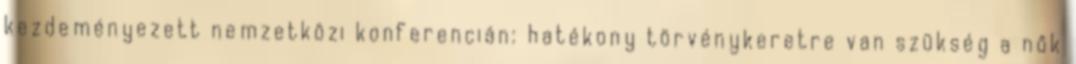
kezdeményezett nemzetközi konferencián: hatékony törvénykeretre van szükség a nők